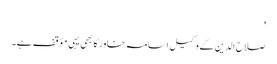
'
صلاح الدین کے وکیل اسامہ خاور کا بھی یہی مؤقف ہے۔